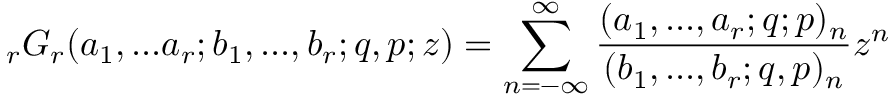
\displaystyle { } _ { r } G _ { r } ( a _ { 1 } , . . . a _ { r } ; b _ { 1 } , . . . , b _ { r } ; q , p ; z ) = \sum _ { n = - \infty } ^ { \infty } { \frac { ( a _ { 1 } , . . . , a _ { r } ; q ; p ) _ { n } } { ( b _ { 1 } , . . . , b _ { r } ; q , p ) _ { n } } } z ^ { n }